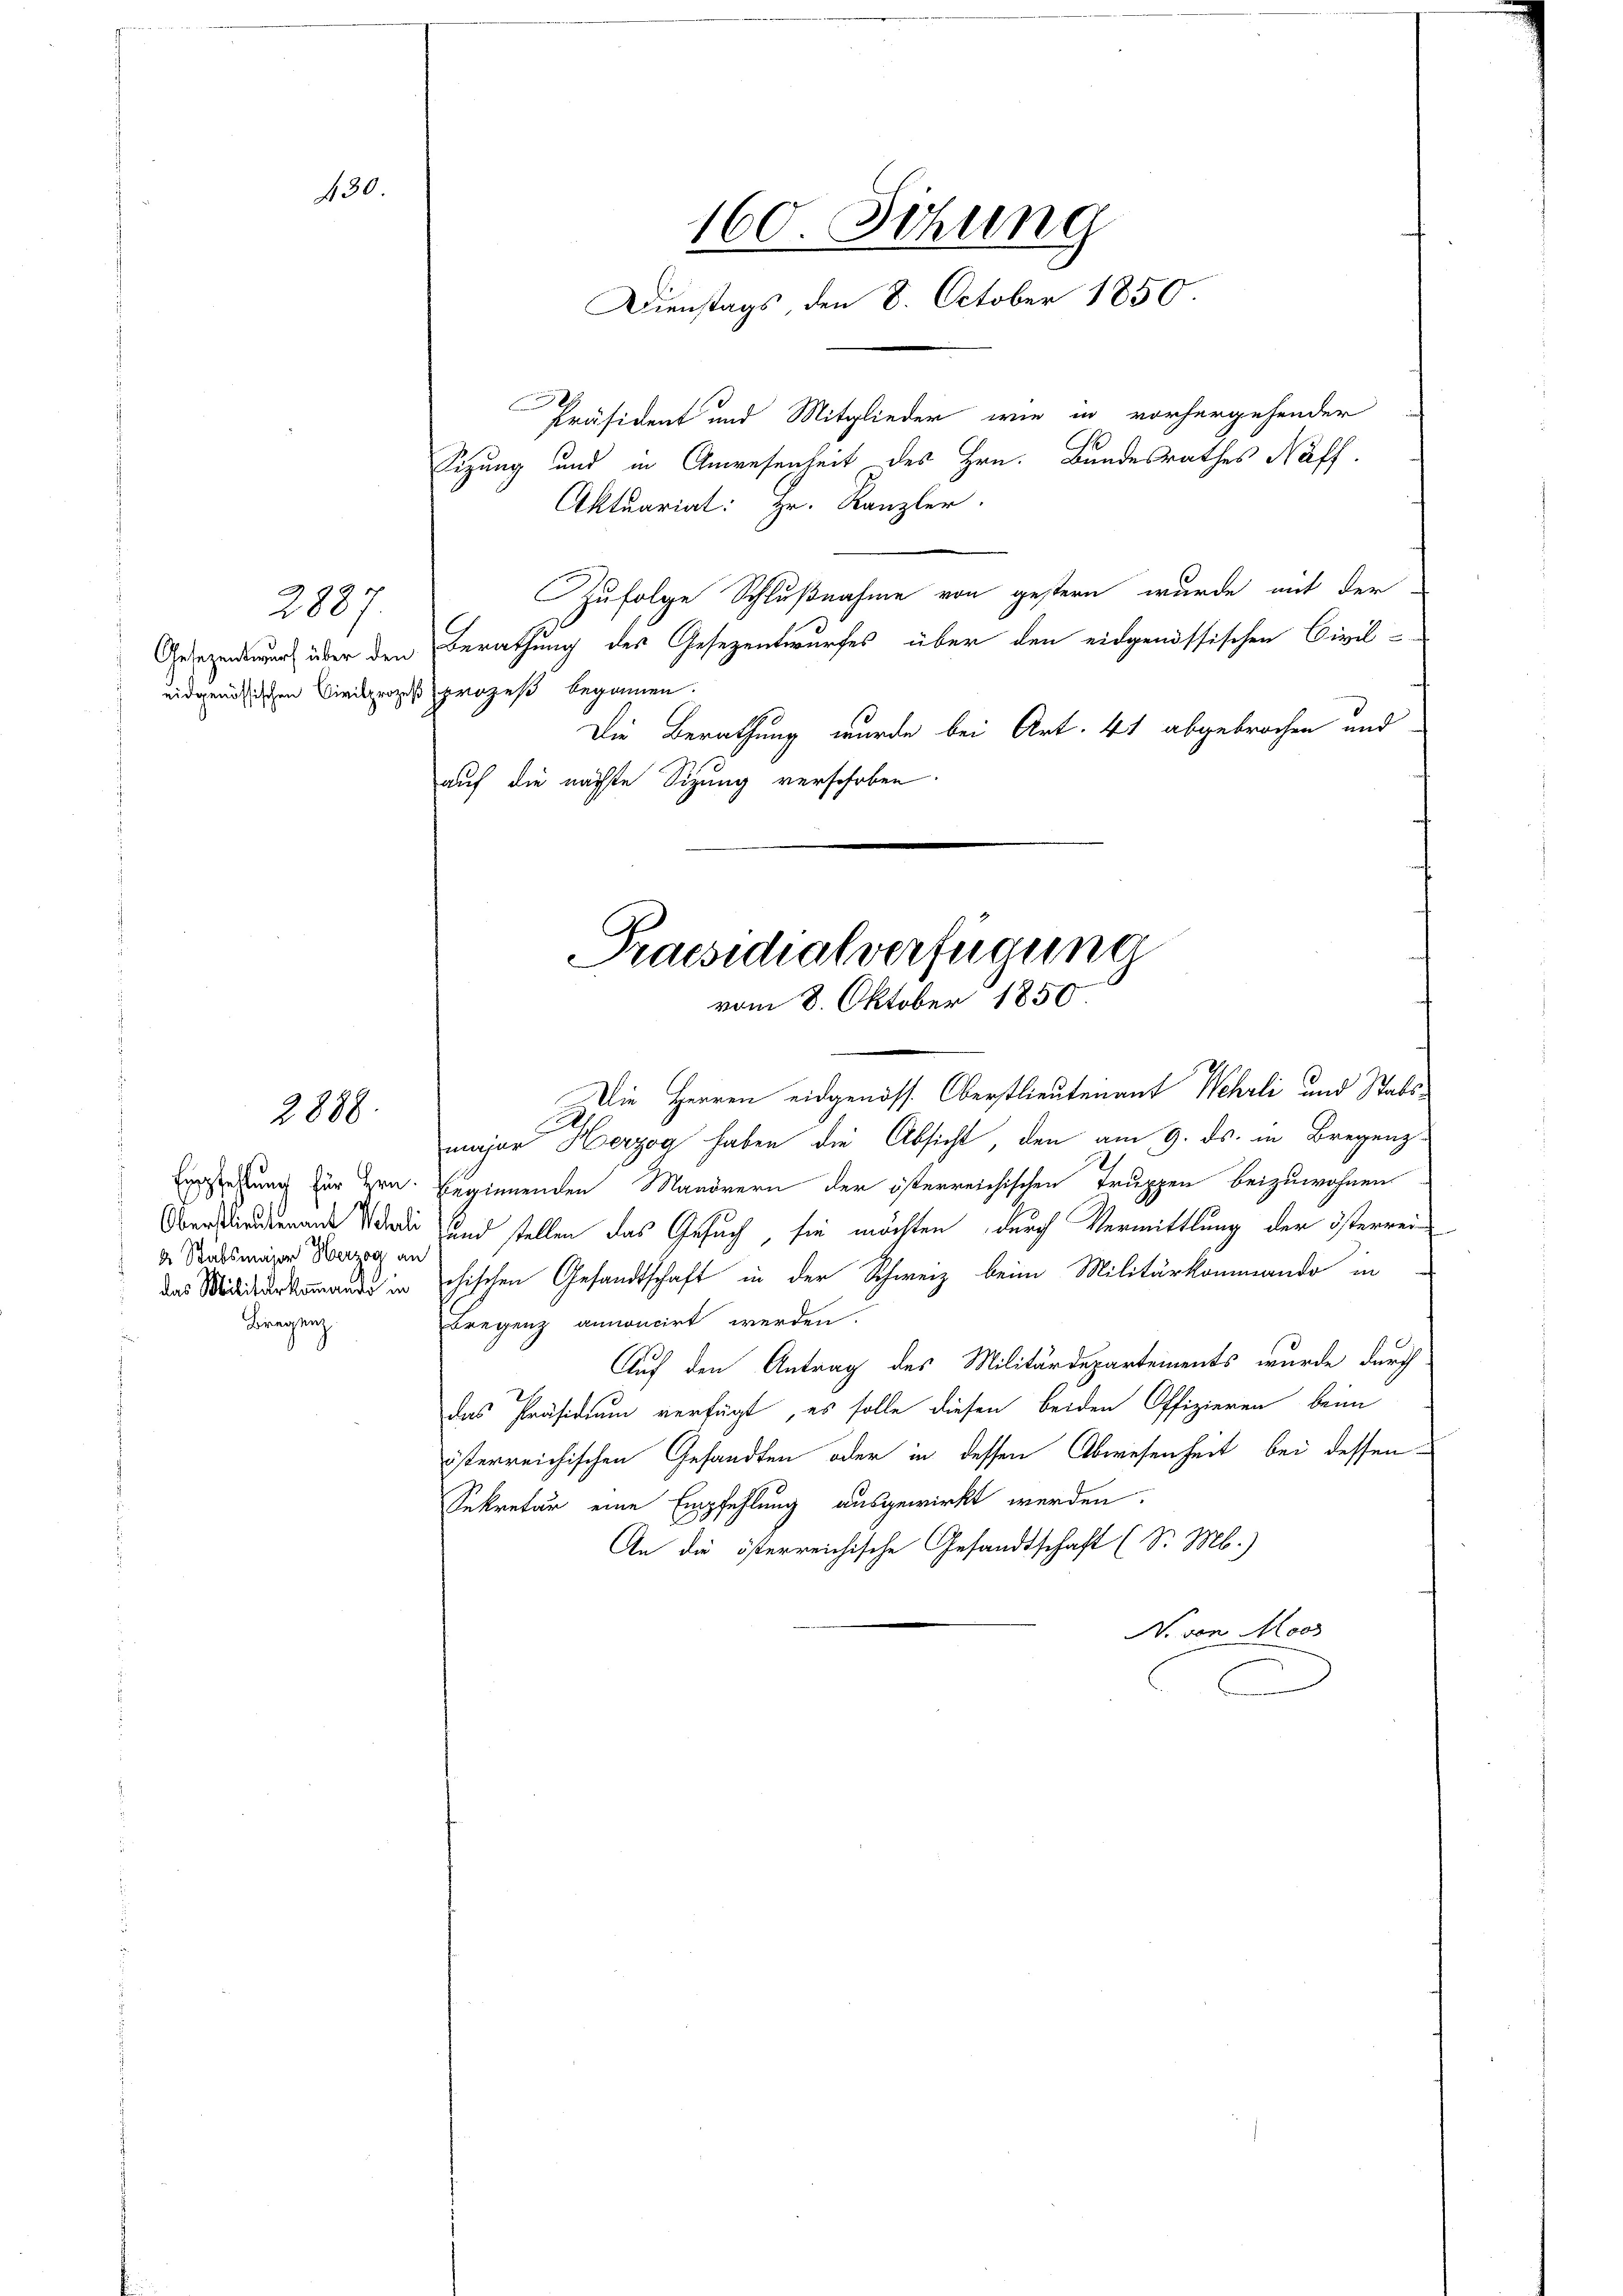
2887.

Empfehlung für Hrn.
Oberstlieutenant Pauli
de Stabsmajor Herzog an
das Militärkommando in

Bregenz

430.

2888.

a
Zufolge Schlußnahme von gestern wurde mit der
Gesezendeur über den Berathung des Gesezentwurfes über den eidgenössischen Civil-
eidgenössischen Civilprozeß prozeß begonnen.
Die Berathung wurde bei Art. 41 abgebrochen und
auf die nächste Sitzung verschoben.

160. Sitzung
Dienstags, den 8. October 1850.
Präsident und Mitglieder wie in vorhergehender
Sizung und in Anwesenheit des Hrn. Bandesrathes Naff.
Aktuariat: Hr. Kanzler.

Praesidialverfügung
vom 8. Oktober 1850.

Die Herren eidgenöss. Oberstlieutenant Wehrli und Stabsmajor Herzog haben die Absicht, den am 9. ds. in Bregenz
beginnenden Manörern der österreichischen Truppen beizuwohnen
und stellen das Gesuch, sie möchten durch Vermittlung der österrei
chischen Gesandtschaft in der Schweiz beim Militärkommando in
Bregenz amoucirt werden.
Auf den Antrag des Militärdepartements wurde durch
das Präsidium verfügt, es solle diesen beiden Offizieren beim
österreichischen Gesandten oder in dessen Abwesenheit bei dessen
Sekretär eine Empfehlung ausgewirkt werden.
An die österreichische Gesandtschaft (S. Mb.)
N. von Moos